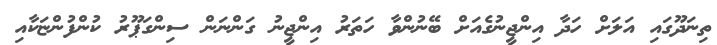
ތިނަދޫގައި އަލަށް ހަދާ އިންޖީނުގެއަށް ބޭނުންވާ ހަތަރު އިންޖީނު ގަންނަން ސިންގަޕޫރު ކުންފުންޏަކާއި